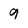
Character: g